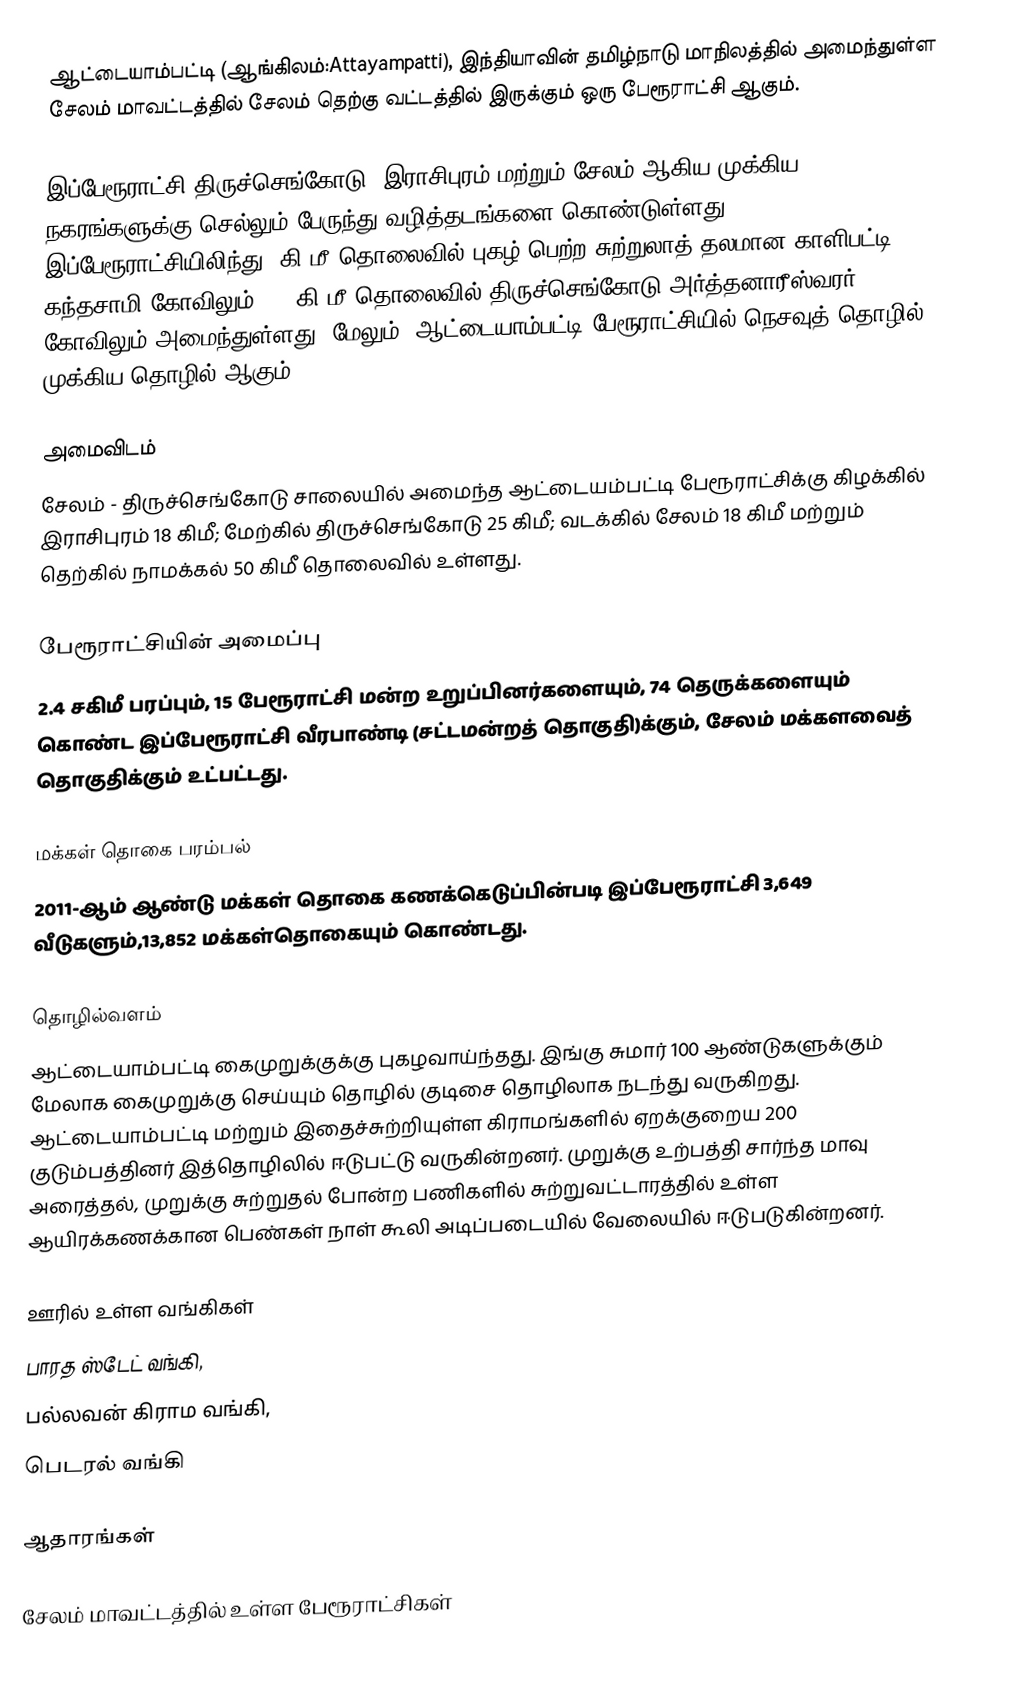
ஆட்டையாம்பட்டி (ஆங்கிலம்:Attayampatti), இந்தியாவின் தமிழ்நாடு மாநிலத்தில் அமைந்துள்ள சேலம் மாவட்டத்தில் சேலம் தெற்கு வட்டத்தில் இருக்கும் ஒரு பேரூராட்சி ஆகும்.

இப்பேரூராட்சி திருச்செங்கோடு, இராசிபுரம் மற்றும் சேலம் ஆகிய முக்கிய நகரங்களுக்கு செல்லும் பேருந்து வழித்தடங்களை கொண்டுள்ளது. இப்பேரூராட்சியிலிந்து 3கி.மீ தொலைவில் புகழ் பெற்ற சுற்றுலாத் தலமான காளிபட்டி கந்தசாமி கோவிலும், 25 கி.மீ தொலைவில் திருச்செங்கோடு அர்த்தனாரீஸ்வரர் கோவிலும் அமைந்துள்ளது. மேலும், ஆட்டையாம்பட்டி பேரூராட்சியில் நெசவுத் தொழில் முக்கிய தொழில் ஆகும்

அமைவிடம்
சேலம் - திருச்செங்கோடு சாலையில் அமைந்த ஆட்டையம்பட்டி பேரூராட்சிக்கு கிழக்கில் இராசிபுரம் 18 கிமீ; மேற்கில் திருச்செங்கோடு 25 கிமீ; வடக்கில் சேலம் 18 கிமீ மற்றும் தெற்கில் நாமக்கல் 50 கிமீ தொலைவில் உள்ளது.

பேரூராட்சியின் அமைப்பு
2.4 சகிமீ பரப்பும்,  15  பேரூராட்சி மன்ற   உறுப்பினர்களையும், 74 தெருக்களையும் கொண்ட இப்பேரூராட்சி வீரபாண்டி (சட்டமன்றத் தொகுதி)க்கும், சேலம் மக்களவைத் தொகுதிக்கும் உட்பட்டது.

மக்கள் தொகை பரம்பல்
2011-ஆம் ஆண்டு மக்கள் தொகை கணக்கெடுப்பின்படி  இப்பேரூராட்சி    3,649 வீடுகளும்,13,852 மக்கள்தொகையும் கொண்டது.

தொழில்வளம்
ஆட்டையாம்பட்டி கைமுறுக்குக்கு புகழவாய்ந்தது. இங்கு சுமார் 100 ஆண்டுகளுக்கும் மேலாக கைமுறுக்கு செய்யும் தொழில் குடிசை தொழிலாக நடந்து வருகிறது. ஆட்டையாம்பட்டி மற்றும் இதைச்சுற்றியுள்ள கிராமங்களில் ஏறக்குறைய 200 குடும்பத்தினர் இத்தொழிலில் ஈடுபட்டு வருகின்றனர். முறுக்கு உற்பத்தி சார்ந்த மாவு அரைத்தல், முறுக்கு சுற்றுதல் போன்ற பணிகளில் சுற்றுவட்டாரத்தில் உள்ள ஆயிரக்கணக்கான பெண்கள் நாள் கூலி அடிப்படையில் வேலையில் ஈடுபடுகின்றனர்.

ஊரில் உள்ள வங்கிகள்
 பாரத ஸ்டேட் வங்கி,
 பல்லவன் கிராம வங்கி,
 பெடரல் வங்கி

ஆதாரங்கள்

சேலம் மாவட்டத்தில் உள்ள பேரூராட்சிகள்